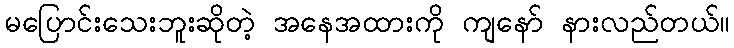
မပြောင်းသေးဘူးဆိုတဲ့ အနေအထားကို ကျနော် နားလည်တယ်။